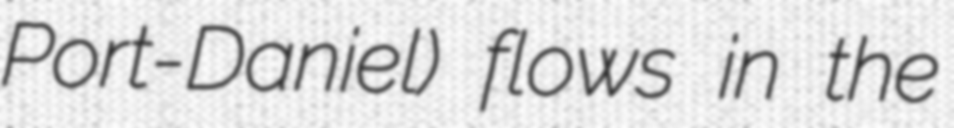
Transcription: Port-Daniel) flows in the